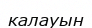
калауын